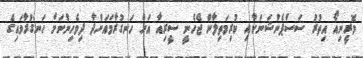
މޮރީނިއޯ އިތުރު ސަސްޕެންޝަނަކާއި ކުރިމަތިލާން ޖެހެނީ ސީރިއާ އަށް ހަނގުރާމައަށްދާ ދިވެހިންނަށް ހަނގުރާމައިގެ